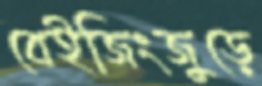
বেইজিংজুড়ে